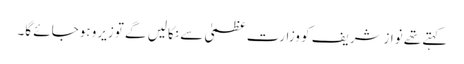
کہتے تھے نوازشریف کو وزارت عظمیٰ سے نکالیں گے توزیرو ہوجائے گا۔